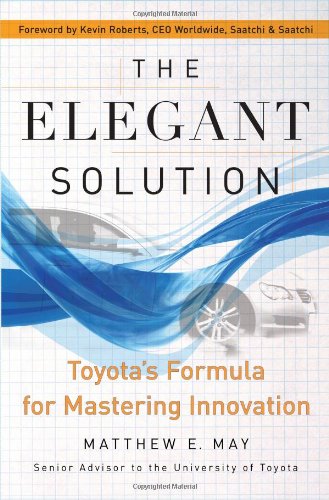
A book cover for The Elegant Solution: Toyota's Formula for Mastering Innovation; Matthew E. May; Engineering & Transportation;